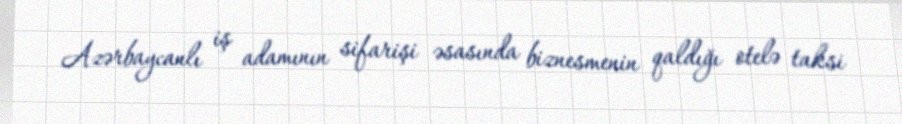
Azərbaycanlı iş adamının sifarişi əsasında biznesmenin qaldığı otelə taksi